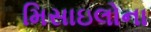
મિસાઇલોના